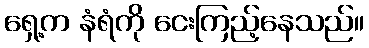
ရှေ့က နံရံကို ငေးကြည့်နေသည်။